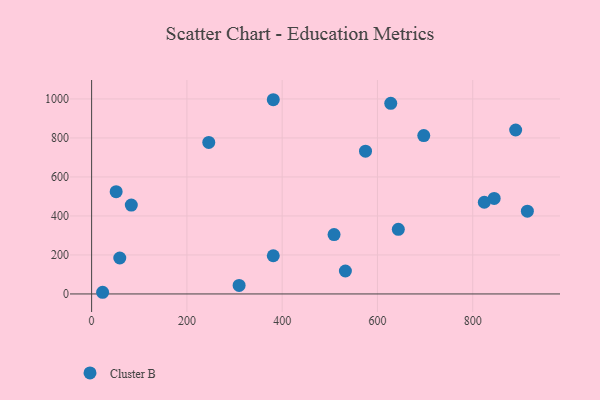
{"axis": {"x": "Distance", "y": "Demand"}, "legend": ["Cluster B"], "data": [{"x": "381.3", "y": 196.0, "type": "Cluster B"}, {"x": "508.9", "y": 304.6, "type": "Cluster B"}, {"x": "890.1", "y": 840.7, "type": "Cluster B"}, {"x": "824.3", "y": 470.1, "type": "Cluster B"}, {"x": "574.9", "y": 732.0, "type": "Cluster B"}, {"x": "83.3", "y": 455.5, "type": "Cluster B"}, {"x": "627.9", "y": 977.3, "type": "Cluster B"}, {"x": "51.5", "y": 524.3, "type": "Cluster B"}, {"x": "532.7", "y": 117.7, "type": "Cluster B"}, {"x": "697.2", "y": 812.3, "type": "Cluster B"}, {"x": "309.6", "y": 43.8, "type": "Cluster B"}, {"x": "23.1", "y": 8.6, "type": "Cluster B"}, {"x": "245.9", "y": 776.9, "type": "Cluster B"}, {"x": "914.7", "y": 424.3, "type": "Cluster B"}, {"x": "643.8", "y": 331.5, "type": "Cluster B"}, {"x": "59.1", "y": 184.4, "type": "Cluster B"}, {"x": "381.3", "y": 995.9, "type": "Cluster B"}, {"x": "845.0", "y": 489.6, "type": "Cluster B"}]}